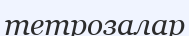
тетрозалар